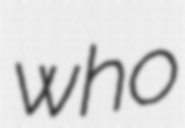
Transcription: who